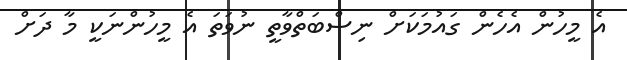
އެ މީހުން އެހެން ގައުމަކަށް ނިސްބަތްވާތީ ނުވަތަ އެ މީހުންނަކީ މާ ދަށް